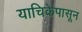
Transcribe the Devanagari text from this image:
याचिकेपासून